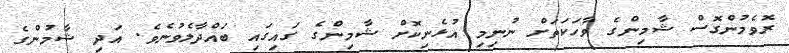
ރޮވެމުންގޮސް ޝާމިންގެ ވާހަކަތަށް ނުނިމި އުޅެނިކޮށް ޝާމިންގެ ގައިގައި ބައްދާލެވުނެވެ. އަދި ޝާމުންގެ